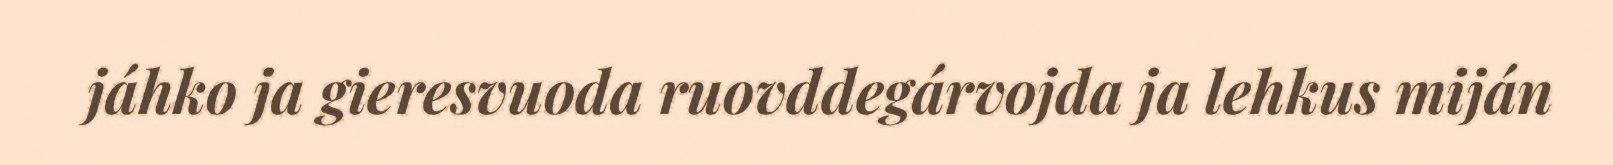
jáhko ja gieresvuoda ruovddegárvojda ja lehkus miján